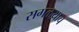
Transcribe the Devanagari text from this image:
सगळय़ाच